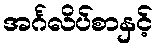
အင်္ဂလိပ်စာနှင့်